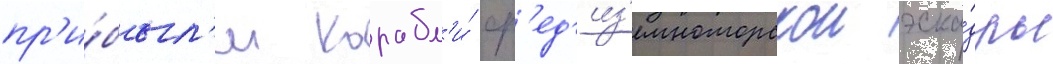
пр'и́был'и корабл'и́ ср'ед'из'емноморскои эска́дры